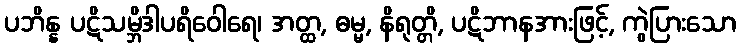
ပဘိန္န ပဋိသမ္ဘိဒါပရိဝေါရေ၊ အတ္ထ, ဓမ္မ, နိရုတ္တိ, ပဋိဘာနအားဖြင့်, ကွဲပြားသော